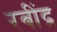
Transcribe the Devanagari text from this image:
रबींद्र